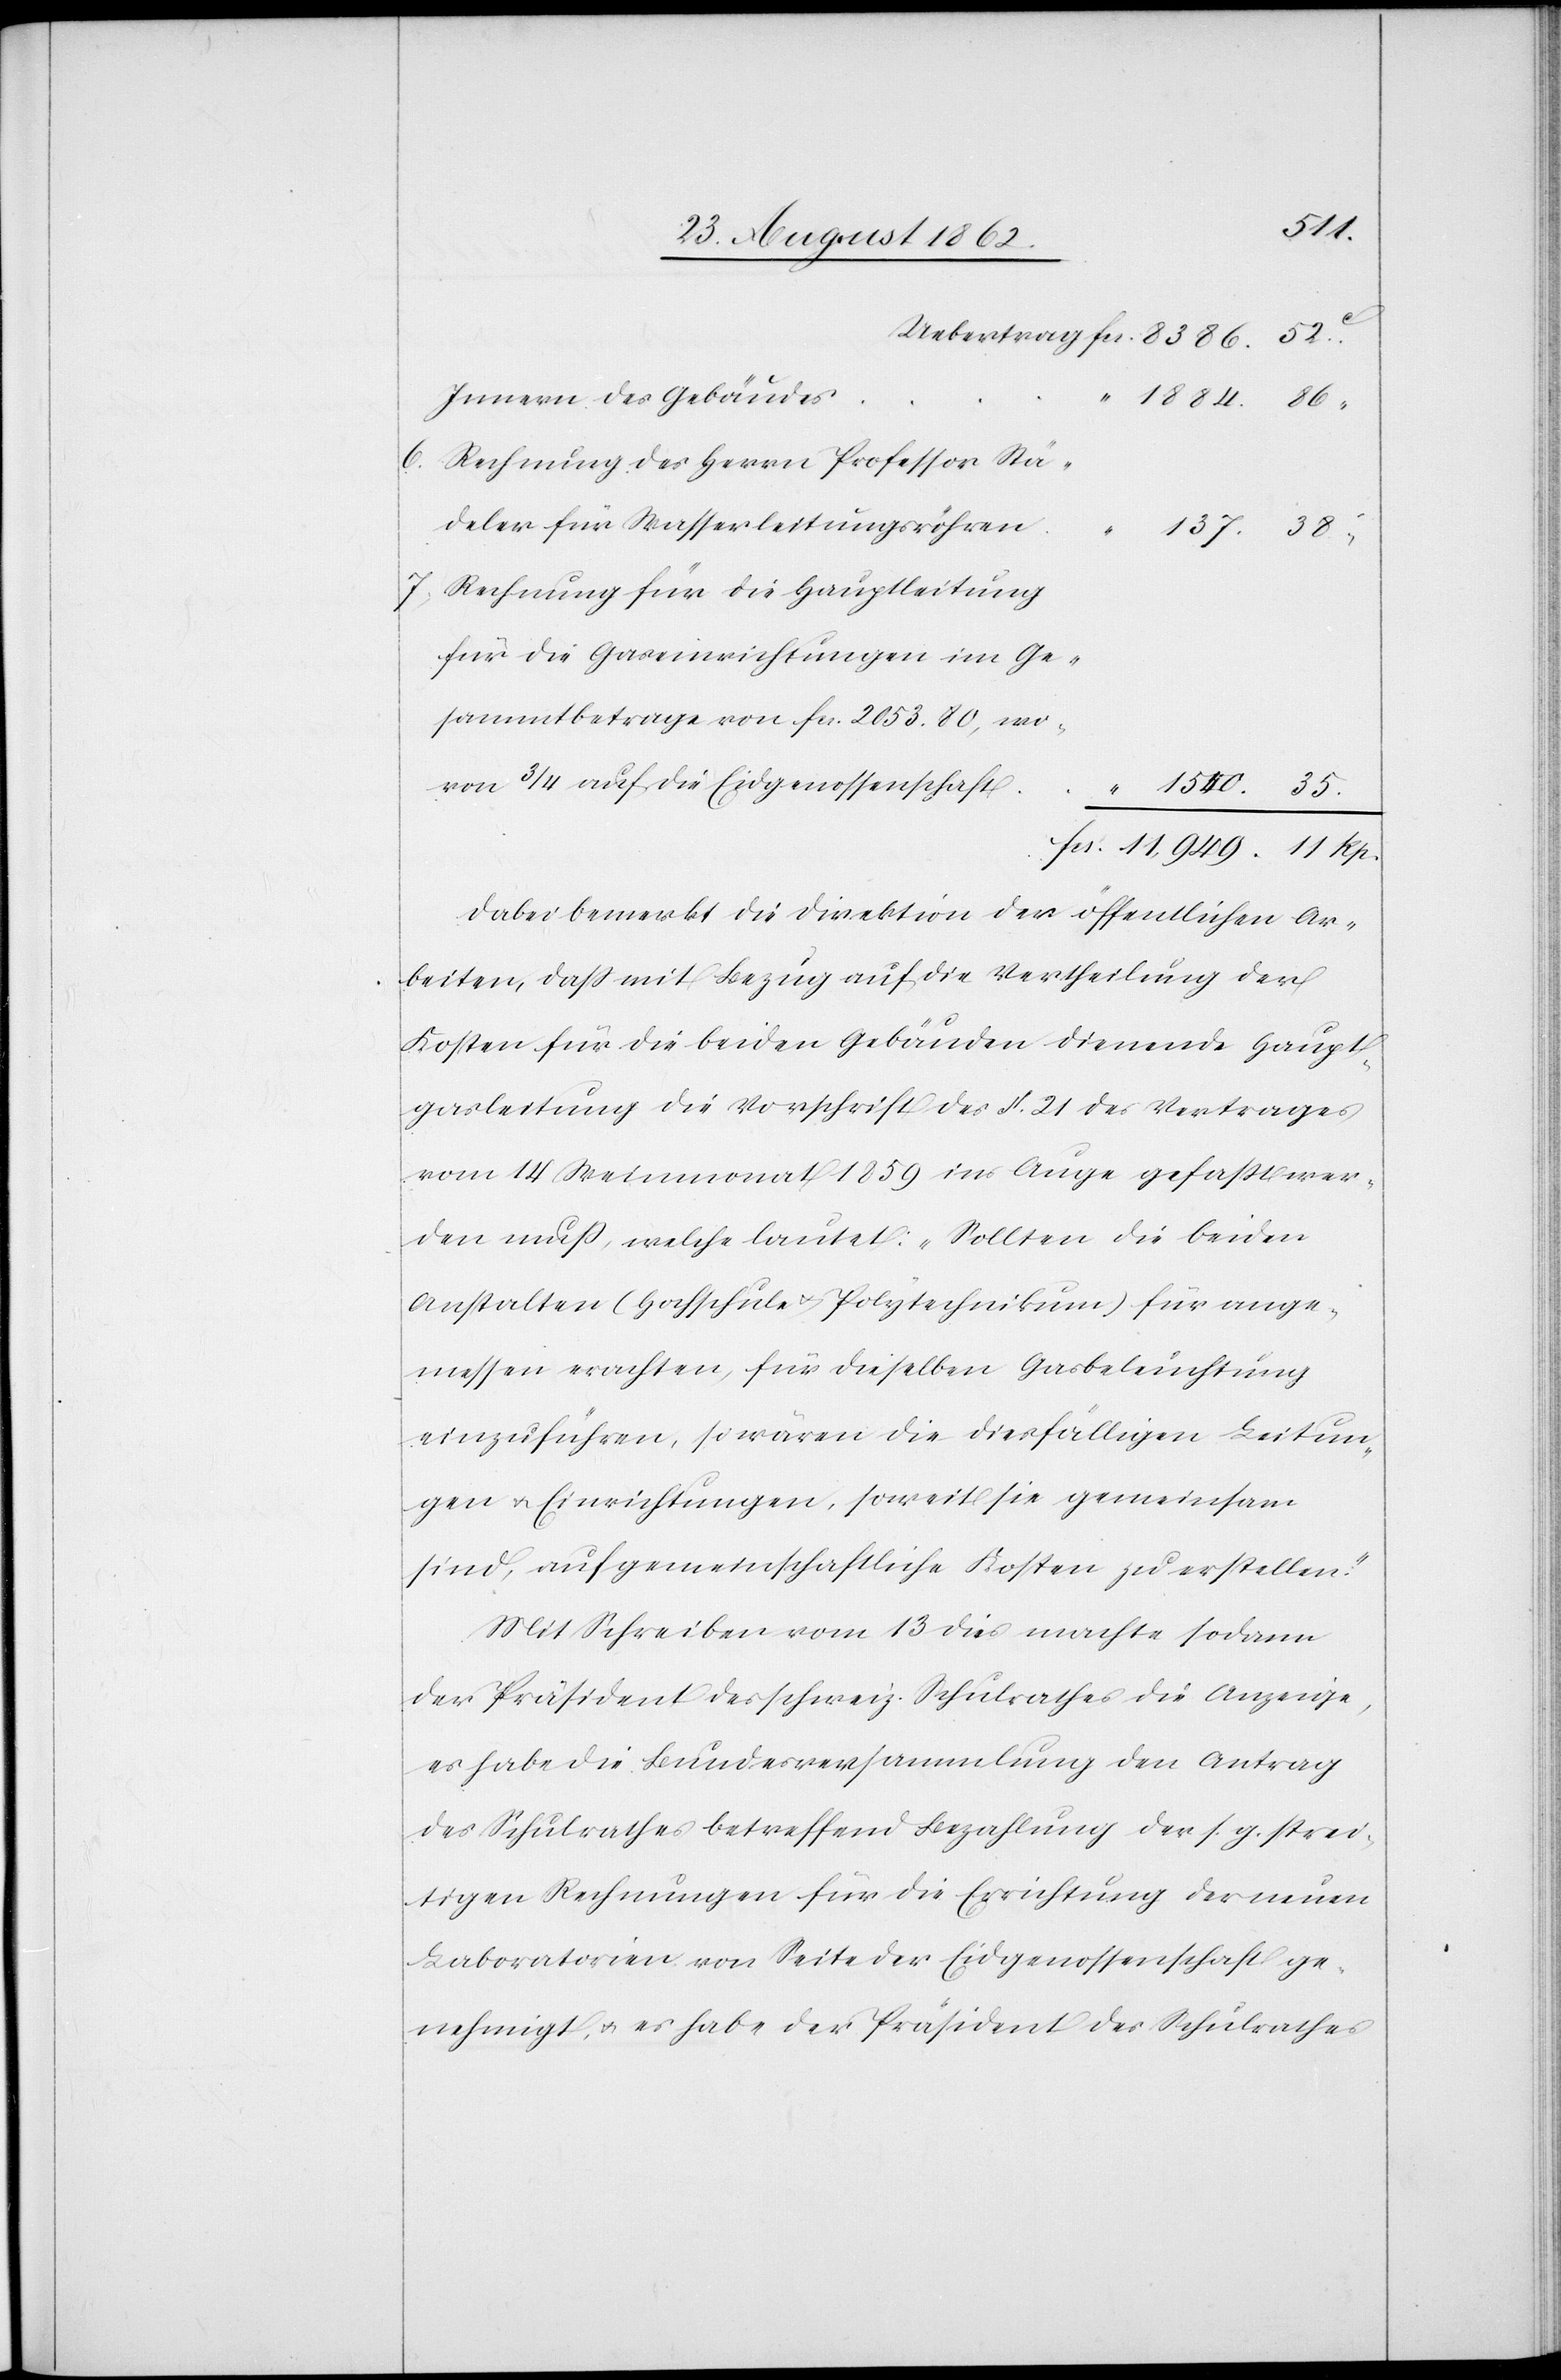
11.
Innern des Gebäudes
6.
Rechnung des Herrn Professor Stä¬
deler für Wasserleitungsröhren
7. Rechnung für die Hauptleitung
für die Gaseinrichtungen im Ge¬
sammtbetrage von fcs. 2053. 80, wo¬
von 3/4 auf die Eidgenossenschaft
Dabei bemerkt die Direktion der öffentlichen Ar¬
beiten, daß mit Bezug auf die Vertheilung der
Kosten für die beiden Gebäuden dienende Haupt¬
gasleitung die Vorschrift des §. 21 des Vertrages
vom 14. Weinmonat 1859 ins Auge gefaßt wer¬
den muß, welche lautet: „Sollten die beiden
Anstalten (Hochschule u. Polytechnikum) für ange¬
messen erachten, für dieselben Gasbeleuchtung
einzuführen, so wären die diesfälligen Leitun¬
gen u. Einrichtungen, soweit sie gemeinsam
sind, auf gemeinschaftliche Kosten zu erstellen.“
Mit Schreiben vom 13. dies machte sodann
der Präsident des schweiz. Schulrathes die Anzeige,
es habe die Bundesversammlung den Antrag
des Schulrathes betreffend Bezahlung der s. g. strei¬
tigen Rechnungen für die Errichtung der neuen
Laboratorien von Seite der Eidgenossenschaft ge¬
nehmigt, u. es habe der Präsident des Schulrathes